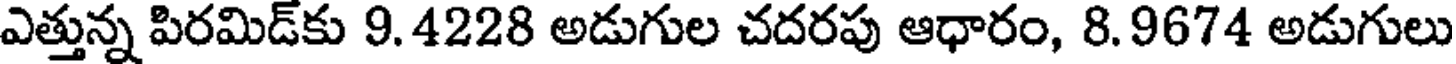
ఎత్తున్న పిరమిడ్కు 9.4228 అడుగుల చదరపు ఆధారం, 8. 9674 అడుగులు